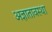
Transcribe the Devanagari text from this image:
अज्ञातावस्था